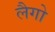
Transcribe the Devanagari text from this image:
लैगो